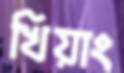
খিয়াং